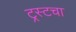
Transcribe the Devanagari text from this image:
ट्रस्टचा